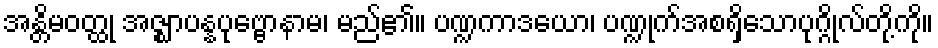
အန္တိမဝတ္ထု အဇ္ဈာပန္နပုဗ္ဗောနာမ၊ မည်၏။ ပဏ္ဍကာဒယော၊ ပဏ္ဍုက်အစရှိသောပုဂ္ဂိုလ်တို့ကို။